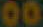
00